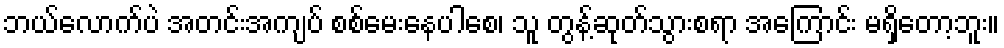
ဘယ်လောက်ပဲ အတင်းအကျပ် စစ်မေးနေပါစေ၊ သူ တွန့်ဆုတ်သွားစရာ အကြောင်း မရှိတော့ဘူး။